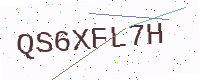
Text: QS6XFL7H